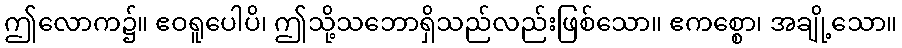
ဤလောက၌။ ဧဝရူပေါပိ၊ ဤသို့သဘောရှိသည်လည်းဖြစ်သော။ ဧကစ္စော၊ အချို့သော။